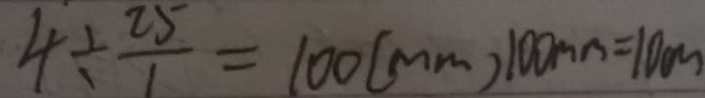
4 \div \frac { 2 5 } { 1 } = 1 0 0 ( m m ) 1 0 0 m m = 1 0 c m